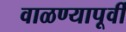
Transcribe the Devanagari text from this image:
वाळण्यापूर्वी